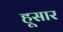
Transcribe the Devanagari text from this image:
हूसार